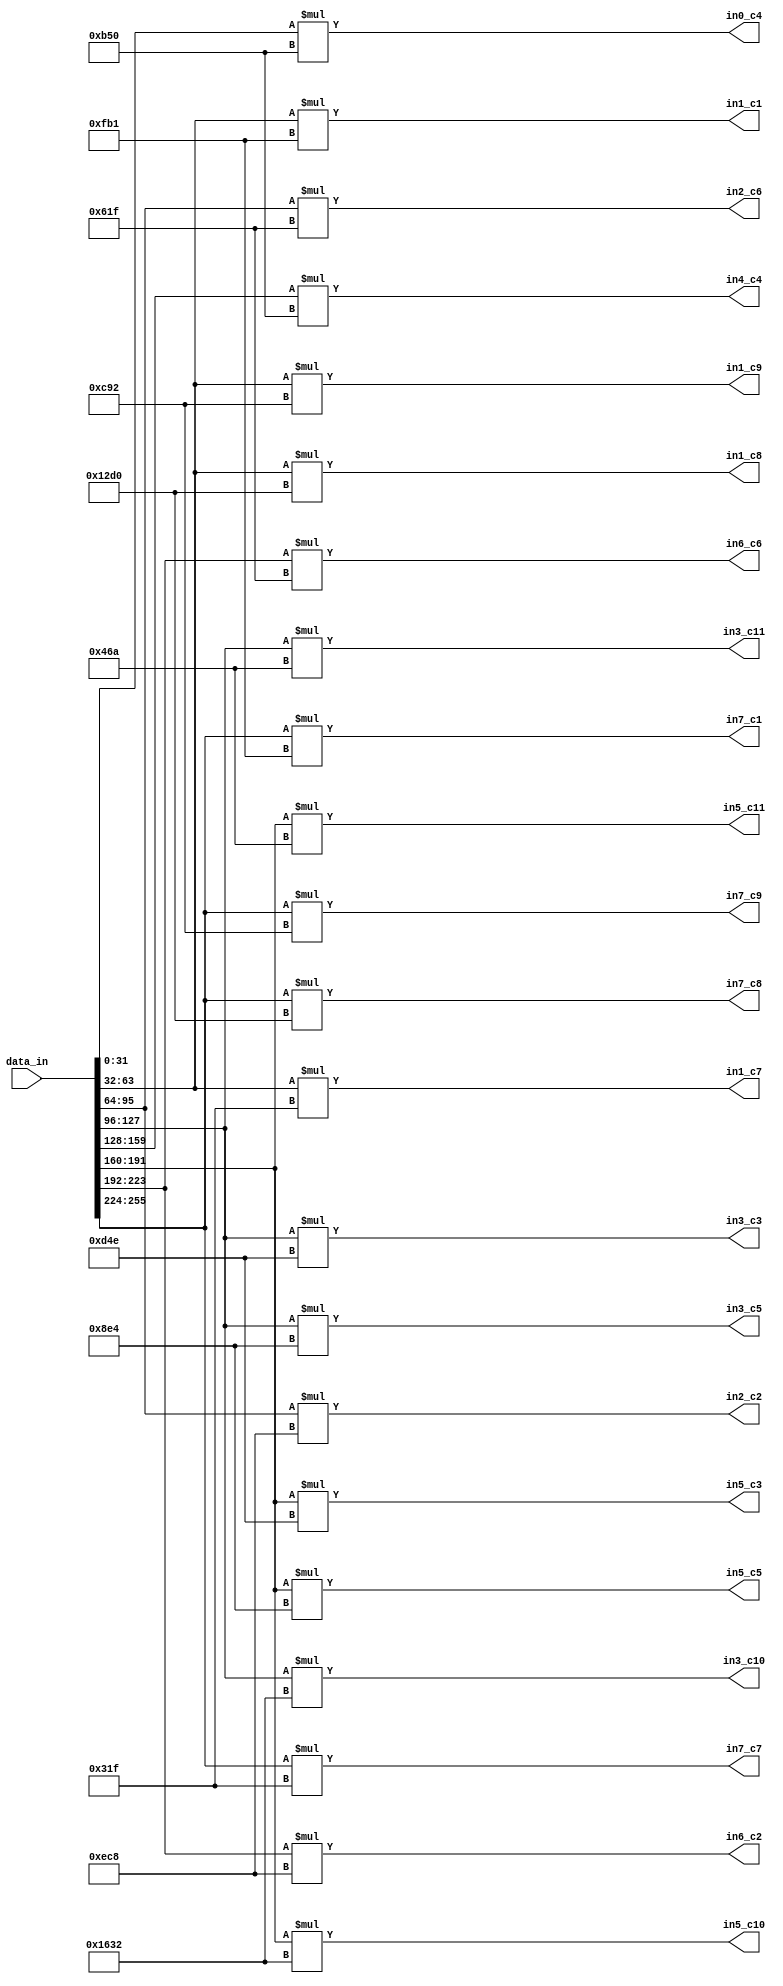
`timescale 1ns / 1ps
//////////////////////////////////////////////////////////////////////////////////
// Company: 
// Engineer: 
// 
// Design Name: 
// Module Name: idct_mul
// Project Name: 
// Target Devices: 
// Tool Versions: 
// Description: 
// 
// Dependencies: 
// 
// Revision:
// Revision 0.01 - File Created
// Additional Comments:
// 
//////////////////////////////////////////////////////////////////////////////////


module idct_mul(
input[255:0]data_in, 
output [31:0] in0_c4, in1_c7, in1_c1, in2_c6, in2_c2, in3_c3, in3_c5, in4_c4, in5_c3, in5_c5, in6_c6, in6_c2, in7_c7, in7_c1, in1_c8, in1_c9, in7_c8, in7_c9, in5_c10, in5_c11, in3_c10, in3_c11
    );
    parameter C1 = 4017; // cos( pi/16) x4096
    parameter C2 = 3784; // cos(2pi/16) x4096
    parameter C3 = 3406; // cos(3pi/16) x4096
    parameter C4 = 2896; // cos(4pi/16) x4096
    parameter C5 = 2276; // cos(5pi/16) x4096
    parameter C6 = 1567; // cos(6pi/16) x4096
    parameter C7 = 799;  // cos(7pi/16) x4096
    
    parameter C8 = 4017+799; // C1 + C7
    parameter C9 = 4017-799; // C1 - C7
    parameter C10 = 3406+2276; // C3 + C5
    parameter C11 = 3406-2276; // C3 - C5
    
    assign in0_c4 = data_in[31:0]*C4;
    assign in1_c7 = data_in[63:32]*C7;
    assign in1_c1 = data_in[63:32]*C1;
    assign in2_c6 = data_in[95:64]*C6;
    assign in2_c2 = data_in[95:64]*C2; 
    assign in3_c3 = data_in[127:96]*C3;  
    assign in3_c5 = data_in[127:96]*C5;  
    assign in4_c4 = data_in[159:128]*C4;
    assign in5_c3 = data_in[191:160]*C3;
    assign in5_c5 = data_in[191:160]*C5; 
    assign in6_c6 = data_in[223:192]*C6;
    assign in6_c2 = data_in[223:192]*C2;
    assign in7_c7 = data_in[255:224]*C7;
    assign in7_c1 = data_in[255:224]*C1;
    
    assign in1_c8 = data_in[63:32]*C8;
    assign in1_c9 = data_in[63:32]*C9;
    assign in7_c8 = data_in[255:224]*C8;
    assign in7_c9 = data_in[255:224]*C9;
    assign in5_c10 = data_in[191:160]*C10;
    assign in5_c11 = data_in[191:160]*C11;
    assign in3_c10 = data_in[127:96]*C10;
    assign in3_c11 = data_in[127:96]*C11;
    
endmodule